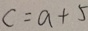
c = a + 5